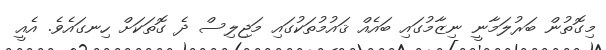
މިގޮތުން ބަރުލަމާނީ ނިޒާމުގައި ބައެއް ޤައުމުތަކުގައި މަޖިލިސް ދެ ގޮތަކަށް ހިނގައެވެ. އެއީ